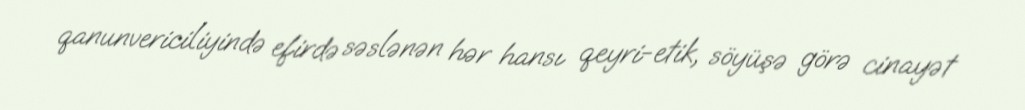
qanunvericiliyində efirdə səslənən hər hansı qeyri-etik, söyüşə görə cinayət